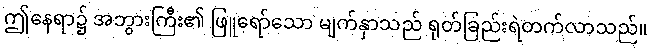
ဤနေရာ၌ အဘွားကြီး၏ ဖြူရော်သော မျက်နှာသည် ရုတ်ခြည်းရဲတက်လာသည်။